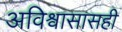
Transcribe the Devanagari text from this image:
अविश्वासासही